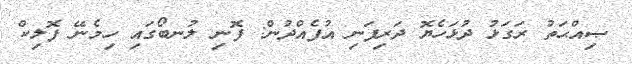
ޞިއްޙަތު ރަގަޅު ދުޅަހެޔޮ ދަރިފަނި އުފެއްދުން: ފޮނި ލުނބޯގައި ހިމެނޭ ފޮލިކް